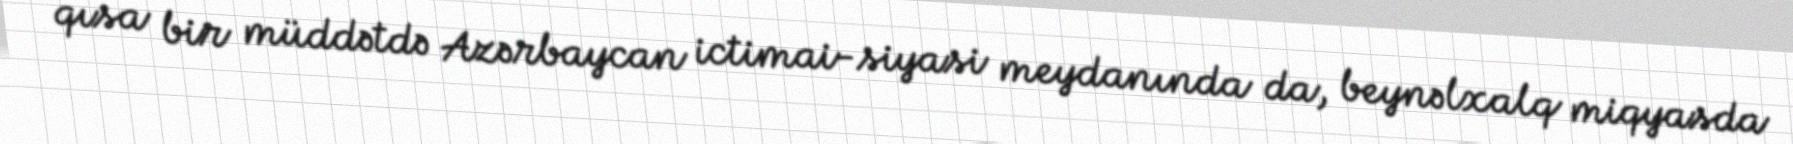
qısa bir müddətdə Azərbaycan ictimai-siyasi meydanında da, beynəlxalq miqyasda